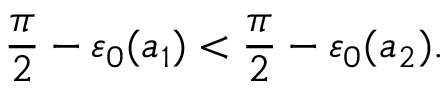
\frac { \pi } { 2 } - \varepsilon _ { 0 } ( a _ { 1 } ) < \frac { \pi } { 2 } - \varepsilon _ { 0 } ( a _ { 2 } ) .